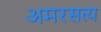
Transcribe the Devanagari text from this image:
अमरसत्य